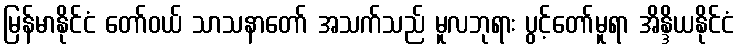
မြန်မာနိုင်ငံ တော်ဝယ် သာသနာတော် အသက်သည် မူလဘုရား ပွင့်တော်မူရာ အိန္ဒိယနိုင်ငံ